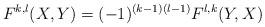
LaTeX: \begin{align*}F^{k,l}(X,Y)=(-1)^{(k-1)(l-1)}F^{l,k}(Y,X)\end{align*}